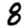
Digit: 8